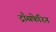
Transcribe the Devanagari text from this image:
ट्राँसफेरिन